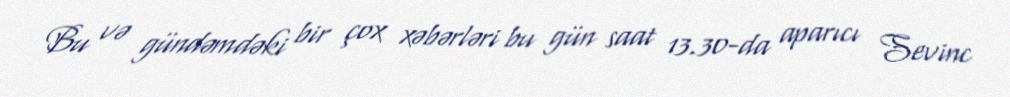
Bu və gündəmdəki bir çox xəbərləri bu gün saat 13.30-da aparıcı Sevinc